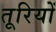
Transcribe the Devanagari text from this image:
तूरियों